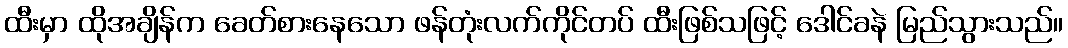
ထီးမှာ ထိုအချိန်က ခေတ်စားနေသော ဖန်တုံးလက်ကိုင်တပ် ထီးဖြစ်သဖြင့် ဒေါင်ခနဲ မြည်သွားသည်။